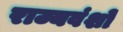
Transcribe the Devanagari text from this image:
राज्यवंशों